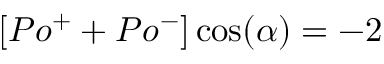
[ P o ^ { + } + P o ^ { - } ] \cos ( \alpha ) = - 2